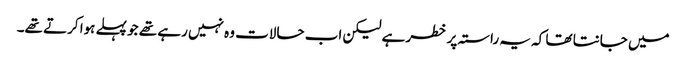
میں جانتا تھا کہ یہ راستہ پر خطر ہے لیکن اب حالات وہ نہیں رہے تھے جو پہلے ہوا کرتے تھے۔